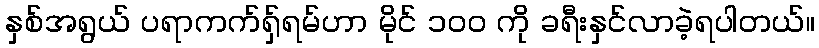
နှစ်အရွယ် ပရာကက်ရှ်ရမ်ဟာ မိုင် ၁၀၀ ကို ခရီးနှင်လာခဲ့ရပါတယ်။